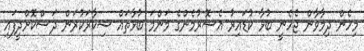
މިހެން ދިމާވާން ޖެހެނީ ބުޅާ ކުޑައިރު އެސޮރުމެންގެ މަންމަ ބުޅާތައް ޝިކާރަކުރަން ދަސްކޮށްދީފައި